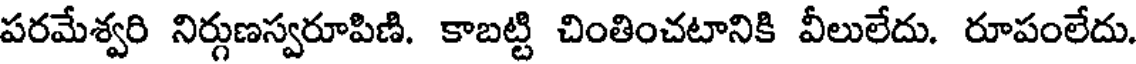
పరమేశ్వరి నిర్గుణస్వరూపిణి. కాబట్టి చింతించటానికి వీలులేదు. రూపంలేదు.